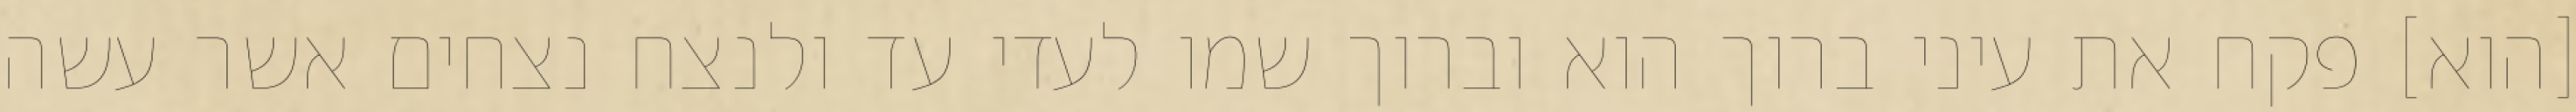
[הוא] פקח את עיני ברוך הוא וברוך שמו לעדי עד ולנצח נצחים אשר עשה